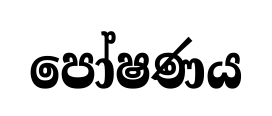
පෝෂණය